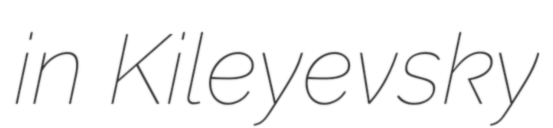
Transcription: in Kileyevsky